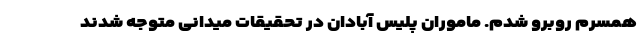
همسرم روبرو شدم. ماموران پلیس آبادان در تحقیقات میدانی متوجه شدند